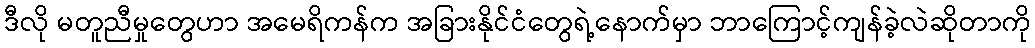
ဒီလို မတူညီမှုတွေဟာ အမေရိကန်က အခြားနိုင်ငံတွေရဲ့နောက်မှာ ဘာကြောင့်ကျန်ခဲ့လဲဆိုတာကို